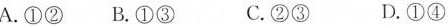
A.①②B.①③C.②③D.①④